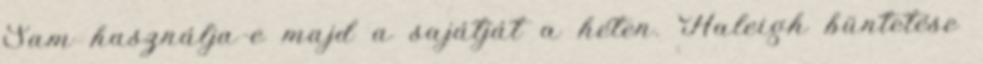
Sam használja-e majd a sajátját a héten. Haleigh büntetése